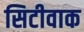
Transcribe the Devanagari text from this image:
सिटीवाक